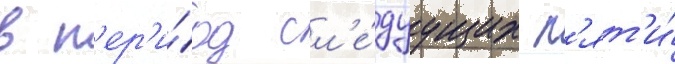
в п'ер'и́од сл'е́дуущих п'ят'и́